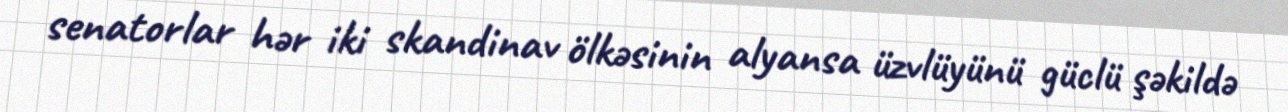
senatorlar hər iki skandinav ölkəsinin alyansa üzvlüyünü güclü şəkildə